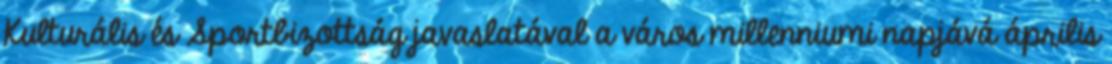
Kulturális és Sportbizottság javaslatával a város millenniumi napjává április